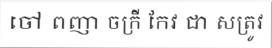
ចៅ ពញា ចក្រី កែវ ជា សត្រូវ